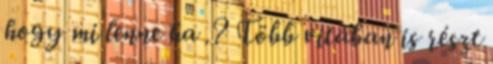
hogy mi lenne ha .? Több vitában is részt